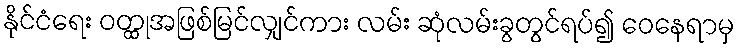
နိုင်ငံရေး ဝတ္ထုအဖြစ်မြင်လျှင်ကား လမ်း ဆုံလမ်းခွတွင်ရပ်၍ ဝေနေရာမှ